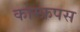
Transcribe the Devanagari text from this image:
कोम्‍फ्रपस